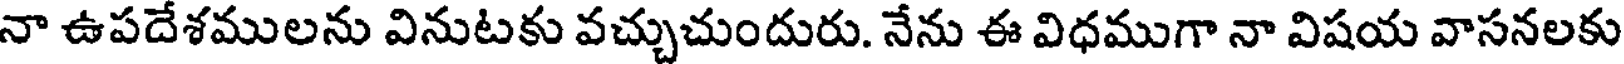
నా ఉపదేశములను వినుటకు వచ్చుచుందురు. నేను ఈ విధముగా నా విషయ వాసనలకు